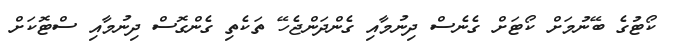
ކޯޓުގެ ބޭނުމަށް ކޯޓަށް ގެނެސް ދިނުމާއި ގެންދަންޖެހޭ ތަކެތި ގެންގޮސް ދިނުމާއި ސްޓޮކަށް